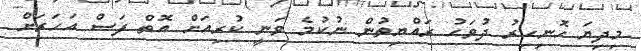
މިދިޔަ ހޮނިހިރު ދުވަހު ރައްޔިތުން ނުކުމެ ވަނީ ކުރިއަށް އޮތް ފަސް އަހަރަށް